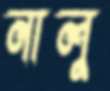
নালু